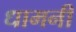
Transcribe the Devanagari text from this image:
धामनी